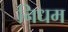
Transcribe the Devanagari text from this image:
निधम